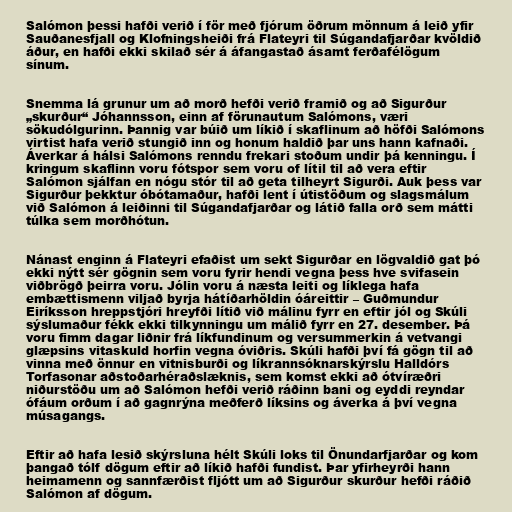
Salómon þessi hafði verið í för með fjórum öðrum mönnum á leið yfir
Sauðanesfjall og Klofningsheiði frá Flateyri til Súgandafjarðar kvöldið
áður, en hafði ekki skilað sér á áfangastað ásamt ferðafélögum
sínum.

Snemma lá grunur um að morð hefði verið framið og að Sigurður
„skurður“ Jóhannsson, einn af förunautum Salómons, væri
sökudólgurinn. Þannig var búið um líkið í skaflinum að höfði Salómons
virtist hafa verið stungið inn og honum haldið þar uns hann kafnaði.
Áverkar á hálsi Salómons renndu frekari stoðum undir þá kenningu. Í
kringum skaflinn voru fótspor sem voru of lítil til að vera eftir
Salómon sjálfan en nógu stór til að geta tilheyrt Sigurði. Auk þess var
Sigurður þekktur óbótamaður, hafði lent í útistöðum og slagsmálum
við Salómon á leiðinni til Súgandafjarðar og látið falla orð sem mátti
túlka sem morðhótun.

Nánast enginn á Flateyri efaðist um sekt Sigurðar en lögvaldið gat þó
ekki nýtt sér gögnin sem voru fyrir hendi vegna þess hve svifasein
viðbrögð þeirra voru. Jólin voru á næsta leiti og líklega hafa
embættismenn viljað byrja hátíðarhöldin óáreittir – Guðmundur
Eiríksson hreppstjóri hreyfði lítið við málinu fyrr en eftir jól og Skúli
sýslumaður fékk ekki tilkynningu um málið fyrr en 27. desember. Þá
voru fimm dagar liðnir frá líkfundinum og versummerkin á vetvangi
glæpsins vitaskuld horfin vegna óviðris. Skúli hafði því fá gögn til að
vinna með önnur en vitnisburði og líkrannsóknarskýrslu Halldórs
Torfasonar aðstoðarhéraðslæknis, sem komst ekki að ótvíræðri
niðurstöðu um að Salómon hefði verið ráðinn bani og eyddi reyndar
ófáum orðum í að gagnrýna meðferð líksins og áverka á því vegna
músagangs.

Eftir að hafa lesið skýrsluna hélt Skúli loks til Önundarfjarðar og kom
þangað tólf dögum eftir að líkið hafði fundist. Þar yfirheyrði hann
heimamenn og sannfærðist fljótt um að Sigurður skurður hefði ráðið
Salómon af dögum.